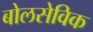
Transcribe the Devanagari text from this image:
बोलसेविक